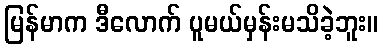
မြန်မာက ဒီလောက် ပူမယ်မှန်းမသိခဲ့ဘူး။